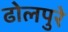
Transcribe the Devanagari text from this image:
ढोलपुरे